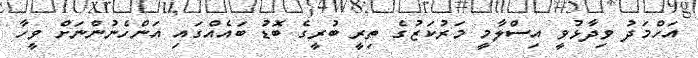
އަހްމަދު ވިދާޅުވީ އިސްލާމީ މަރުކަޒުގެ ތިރީ ބުރީގެ ބޮޑު ބައެއްގައި އަންހެނުންނަށް ވީހާ